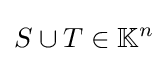
S\cup T\in \mathbb {K} ^{n}